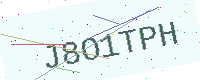
Text: J8O1TPH